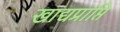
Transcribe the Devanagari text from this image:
खाद्यप्राप्ति